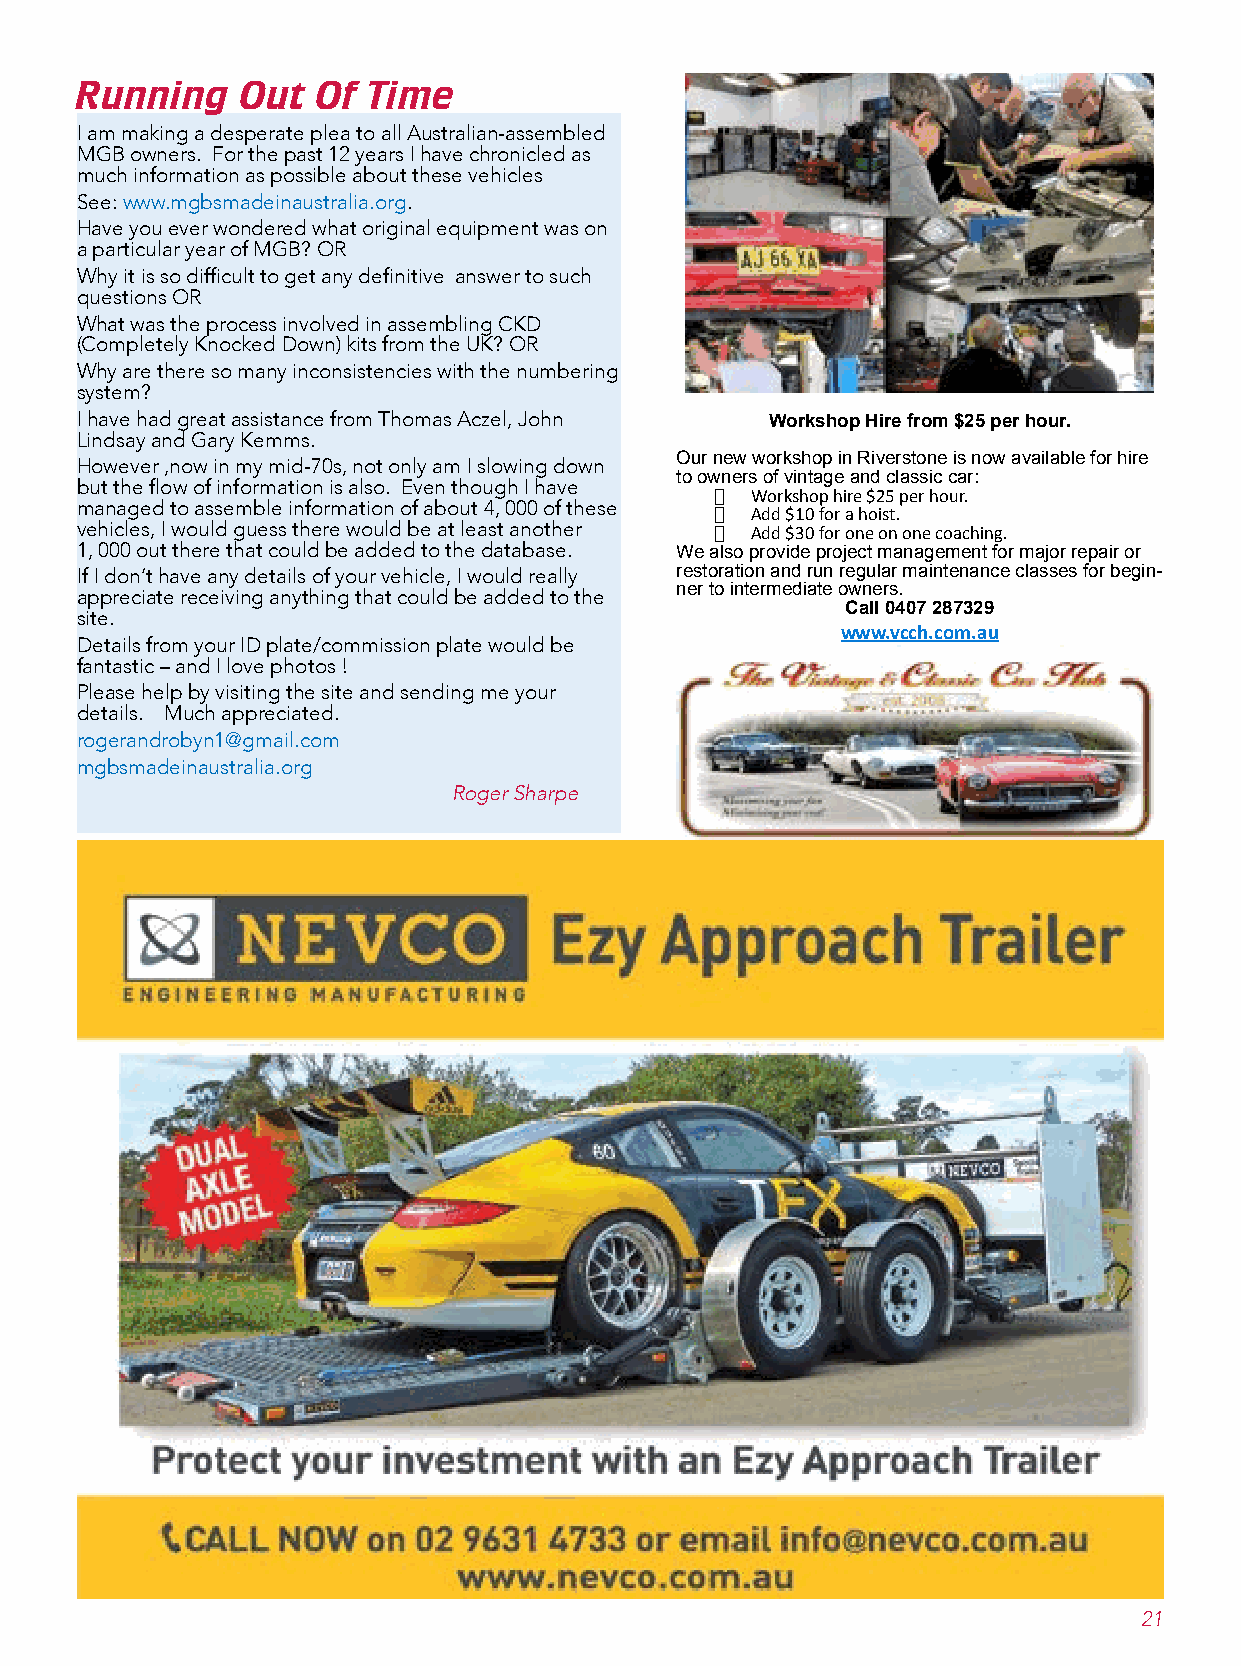
I am making a desperate plea to all Australian-assembled
 MGB owners. For the past 12 years I have chronicled as
 much information as possible about these vehicles
 See: www.mgbsmadeinaustralia.org.
 Running    Out  Of Time
 Have you ever wondered what original equipment was on
 a particular year of MGB? OR
 Why it is so difficult to get any definitive answer to such
 questions OR
 What was the process involved in assembling CKD
 (Completely Knocked Down) kits from the UK? OR
 Why are there so many inconsistencies with the numbering
 system?
 I have had great assistance from Thomas Aczel, John Workshop Hire from $25 per hour.
 Lindsay and Gary Kemms.
 However ,now in my mid-70s, not only am I slowing down Our new workshop in Riverstone is now available for hire
 to owners of vintage and classic car:
 but the flow of information is also. Even though I have
 ·  Workshop hire $25 per hour.
 managed to assemble information of about 4, 000 of these
 ·  Add $10 for a hoist.
 vehicles, I would guess there would be at least another · Add $30 for one on one coaching.
 1, 000 out there that could be added to the database. We also provide project management for major repair or
 If I don’t have any details of your vehicle, I would really restoration and run regular maintenance classes for begin-
 appreciate receiving anything that could be added to the ner to intermediate owners.
 Call 0407 287329
 site.
 www.vcch.com.au
 Details from your ID plate/commission plate would be
 fantastic – and I love photos !
 Please help by visiting the site and sending me your
 details. Much appreciated.
 rogerandrobyn1@gmail.com
 mgbsmadeinaustralia.org
 Roger Sharpe
 21